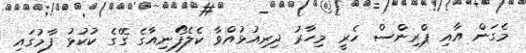
މެގަން އާއި ޕްރިންސް ހެރީ މިހާރު ދިރިއުޅުއްވާ ކެލެފޯނިއާގެ ގޭގެ ކުކުޅު ފާމުގައި